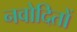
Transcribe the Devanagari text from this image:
नवोदितों